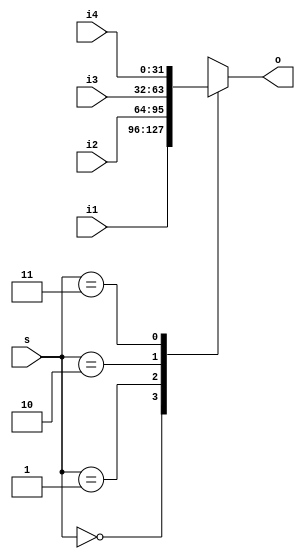
`timescale 1ns / 1ps
//////////////////////////////////////////////////////////////////////////////////
// Company: 
// Engineer: 
// 
// Design Name: 
// Module Name: ALUSrcB
// Project Name: 
// Target Devices: 
// Tool Versions: 
// Description: 
// 
// Dependencies: 
// 
// Revision:
// Revision 0.01 - File Created
// Additional Comments:
// 
//////////////////////////////////////////////////////////////////////////////////


module ALUSrcB_mux(
    input [1:0] s,
    input [31:0] i1,
    input [31:0] i2,
    input [31:0] i3,
    input [31:0] i4,
    output reg [31:0] o
    );
    always@(*)
      begin
        case (s)
          2'b00: o = i1;
          2'b01: o = i2;
          2'b10: o = i3;
          2'b11: o = i4;
        endcase
      end
endmodule